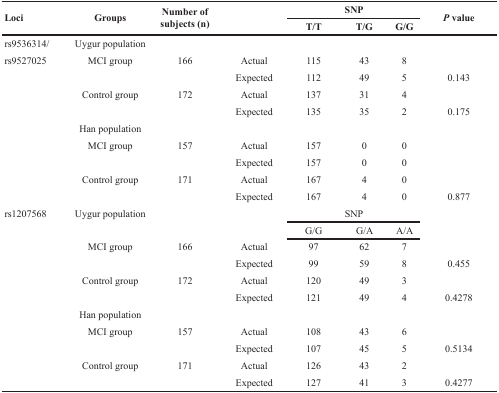
<table><thead><tr><td rowspan="2"><b>Loci</b></td><td rowspan="2"><b>Groups</b></td><td rowspan="2"><b>Number of subjects (n)</b></td><td rowspan="2"></td><td colspan="3"><b>SNP</b></td><td rowspan="2"><b><i>P</i> value</b></td></tr><tr><td><b>T/T</b></td><td><b>T/G</b></td><td><b>G/G</b></td></tr></thead><tbody><tr><td>rs9536314/</td><td>Uygur population</td><td></td><td></td><td></td><td></td><td></td><td></td></tr><tr><td>rs9527025</td><td>MCI group</td><td>166</td><td>Actual</td><td>115</td><td>43</td><td>8</td><td></td></tr><tr><td></td><td></td><td></td><td>Expected</td><td>112</td><td>49</td><td>5</td><td>0.143</td></tr><tr><td></td><td>Control group</td><td>172</td><td>Actual</td><td>137</td><td>31</td><td>4</td><td></td></tr><tr><td></td><td></td><td></td><td>Expected</td><td>135</td><td>35</td><td>2</td><td>0.175</td></tr><tr><td></td><td>Han population</td><td></td><td></td><td></td><td></td><td></td><td></td></tr><tr><td></td><td>MCI group</td><td>157</td><td>Actual</td><td>157</td><td>0</td><td>0</td><td></td></tr><tr><td></td><td></td><td></td><td>Expected</td><td>157</td><td>0</td><td>0</td><td></td></tr><tr><td></td><td>Control group</td><td>171</td><td>Actual</td><td>167</td><td>4</td><td>0</td><td></td></tr><tr><td></td><td></td><td></td><td>Expected</td><td>167</td><td>4</td><td>0</td><td>0.877</td></tr><tr><td>rs1207568</td><td>Uygur population</td><td></td><td></td><td colspan="3">SNP</td><td></td></tr><tr><td></td><td></td><td></td><td></td><td>G/G</td><td>G/A</td><td>A/A</td><td></td></tr><tr><td></td><td>MCI group</td><td>166</td><td>Actual</td><td>97</td><td>62</td><td>7</td><td></td></tr><tr><td></td><td></td><td></td><td>Expected</td><td>99</td><td>59</td><td>8</td><td>0.455</td></tr><tr><td></td><td>Control group</td><td>172</td><td>Actual</td><td>120</td><td>49</td><td>3</td><td></td></tr><tr><td></td><td></td><td></td><td>Expected</td><td>121</td><td>49</td><td>4</td><td>0.4278</td></tr><tr><td></td><td>Han population</td><td></td><td></td><td></td><td></td><td></td><td></td></tr><tr><td></td><td>MCI group</td><td>157</td><td>Actual</td><td>108</td><td>43</td><td>6</td><td></td></tr><tr><td></td><td></td><td></td><td>Expected</td><td>107</td><td>45</td><td>5</td><td>0.5134</td></tr><tr><td></td><td>Control group</td><td>171</td><td>Actual</td><td>126</td><td>43</td><td>2</td><td></td></tr><tr><td></td><td></td><td></td><td>Expected</td><td>127</td><td>41</td><td>3</td><td>0.4277</td></tr></tbody></table>